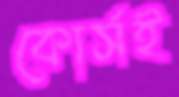
কোর্সই